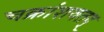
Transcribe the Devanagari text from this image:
चक्रांशवतद्